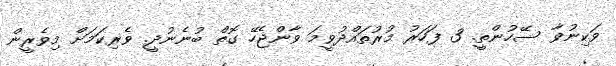
ވަކިނުވާ ސޭހުންތީ. 3 ފަހަރު މުރުތައްދުވީމަ ވާންޖެހޭ ގޮތް ބުނެނުދީ. ވެރިކަމަށް މިވެރީން